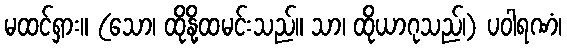
မထင်ရှား။ (သော၊ ထိုနို့ထမင်းသည်။ သာ၊ ထိုယာဂုသည်၊) ပဝါရဏံ၊